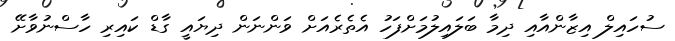
ސުހައިލް އިޒާންއާއި ދިމާ ބަލައިލުމަށްފަހު އެތެރެއަށް ވަންނަން ދިޔައީ ގާޑް ކައިރި ހާސްނުވާށޭ